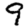
Digit: 9